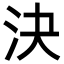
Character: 決